Plague in India, 1896, 1897 - Volume 2
Year: 1896
Disease focus: Plague
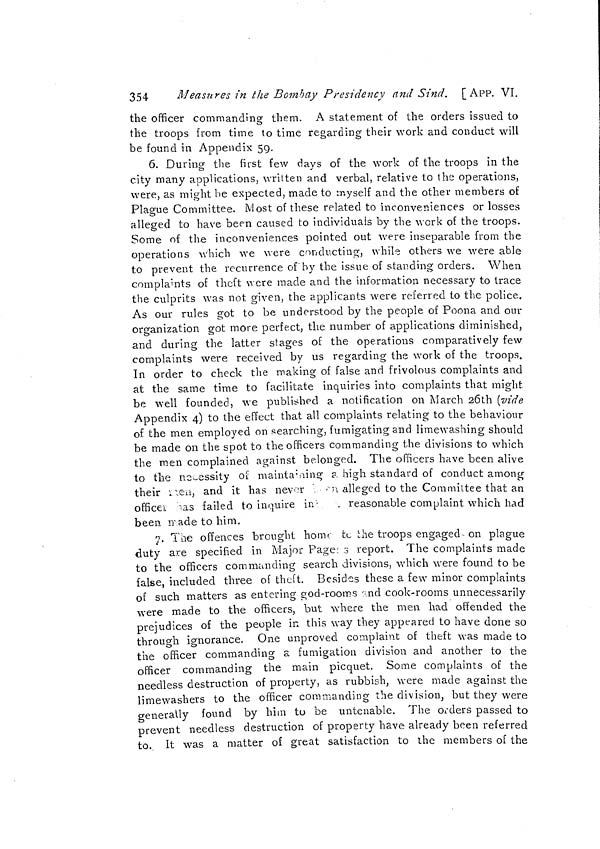
354
Measures in the Bombay Presidency and Sind. [ APP. VI.
the officer commanding them. A statement of the orders issued to
the troops from time to time regarding their work and conduct will
be found in Appendix 59.
6. During the first few days of the work of the troops in the
city many applications, written and verbal, relative to the operations,
were, as might be expected, made to myself and the other members of
Plague Committee. Most of these related to inconveniences or losses
alleged to have been caused to individuals by the work of the troops.
Some of the inconveniences pointed out were inseparable from the
operations which we were conducting, while others we were able
to prevent the recurrence of by the issue of standing orders. When
complaints of theft were made and the information necessary to trace
the culprits was not given, the applicants were referred to the police.
As our rules got to be understood by the people of Poona and our
organization got more perfect, the number of applications diminished,
and during the latter stages of the operations comparatively few
complaints were received by us regarding the work of the troops.
In order to check the making of false and frivolous complaints and
at the same time to facilitate inquiries into complaints that might
be well founded, we published a notification on March 26th (vide
Appendix 4) to the effect that all complaints relating to the behaviour
of the men employed on searching, fumigating and limewashing should
be made on the spot to the officers commanding the divisions to which
the men complained against belonged. The officers have been alive
to the necessity of maintaining a high standard of conduct among
their when, and it has never //ill/ alleged to the Committee that an
officer "as failed to inquire in //ill/ reasonable complaint which had
been made to him.
7. The offences brought home to the troops engaged on plague
duty are specified in Major Page: 3 report. The complaints made
to the officers commanding search divisions, which were found to be
false, included three of theft. Besides these a few minor complaints
of such matters as entering god-rooms and cook-rooms unnecessarily
were made to the officers, but where the men had offended the
prejudices of the people in this way they appeared to have done so
through ignorance. One unproved complaint of theft was made to
the officer commanding a fumigation division and another to the
officer commanding the main picquet. Some complaints of the
needless destruction of property, as rubbish, were made against the
limewashers to the officer commanding the division, but they were
generally found by him to be untenable. The orders passed to
prevent needless destruction of property have already been referred
to. It was a matter of great satisfaction to the members of the